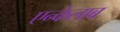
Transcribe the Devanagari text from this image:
एन्केलाब